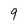
Character: 9